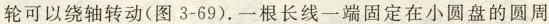
轮可以绕轴转动(图3-69).一根长线一端固定在小圆盘的圆周